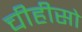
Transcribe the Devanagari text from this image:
चीहीसो